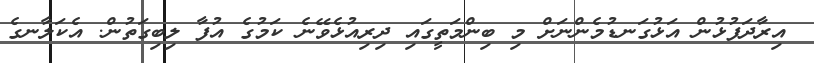
އިރާދަފުޅުން އަޅުގަނޑުމެންނަށް މި ބިންމަތީގައި ދިރިއުޅެވޭނެ ކަމުގެ އުފާ ލިބިގަތުން. އެކަލާނގެ